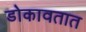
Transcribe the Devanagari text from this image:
डोकावतात